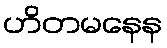
ဟိတမနေန